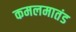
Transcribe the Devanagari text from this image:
कमलमातंड